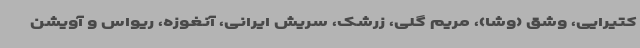
کتیرایی، وشق (وشا)، مریم گلی، زرشک، سریش ایرانی، آنغوزه، ریواس و آویشن